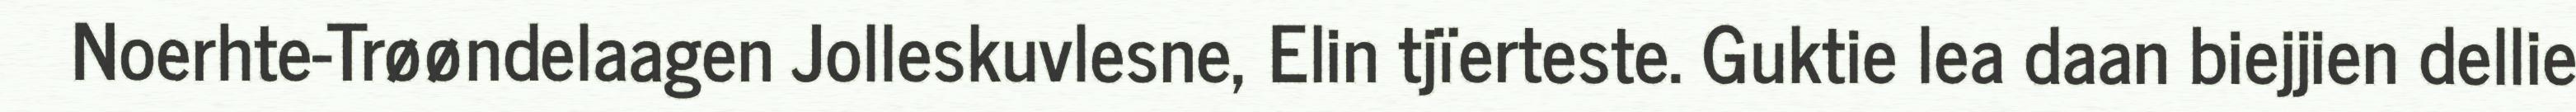
Noerhte-Trøøndelaagen Jolleskuvlesne, Elin tjïerteste. Guktie lea daan biejjien dellie